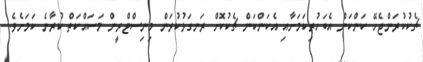
ޗެކުކުރަންޖެހޭ ކަންކަން އެބަހުރިކަމަށާއި އެކަންކަން ޗެކުކޮށް ރަނގަޅުކުރަން މިނިސްޓްރީން މަސައްކަތް ކުރާނެ ކަމަށެވެ.